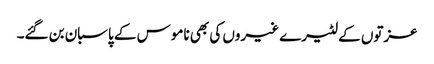
عزتوں کے لٹیرے غیروں کی بھی ناموس کے پاسبان بن گئے۔